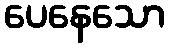
ပေနေသော